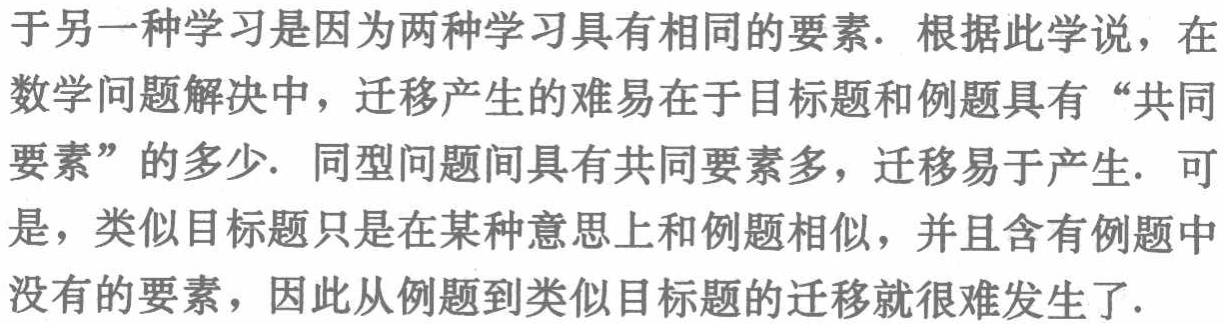
于另一种学习是因为两种学习具有相同的要素. 根据此学说，在数学问题解决中，迁移产生的难易在于目标题和例题具有“共同要素”的多少. 同型问题间具有共同要素多，迁移易于产生. 可是，类似目标题只是在某种意思上和例题相似，并且含有例题中没有的要素，因此从例题到类似目标题的迁移就很难发生了.